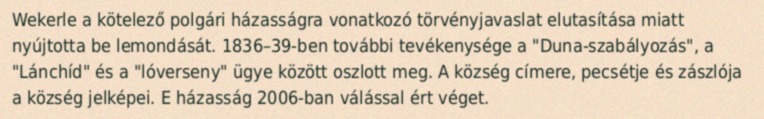
Wekerle a kötelező polgári házasságra vonatkozó törvényjavaslat elutasítása miatt nyújtotta be lemondását. 1836–39-ben további tevékenysége a "Duna-szabályozás", a "Lánchíd" és a "lóverseny" ügye között oszlott meg. A község címere, pecsétje és zászlója a község jelképei. E házasság 2006-ban válással ért véget.